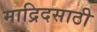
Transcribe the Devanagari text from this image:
माद्रिदसाठी